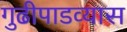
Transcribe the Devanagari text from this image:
गुढीपाडव्यास